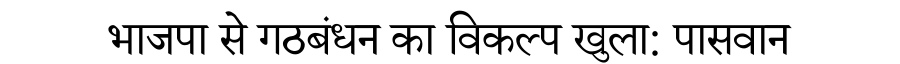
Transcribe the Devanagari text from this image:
भाजपा से गठबंधन का विकल्प खुला: पासवान